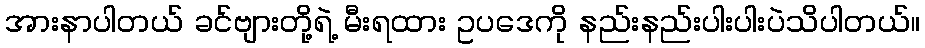
အားနာပါတယ် ခင်ဗျားတို့ရဲ့ မီးရထား ဥပဒေကို နည်းနည်းပါးပါးပဲသိပါတယ်။